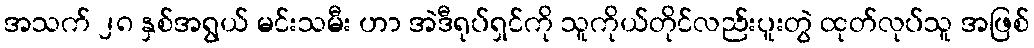
အသက် ၂၈ နှစ်အရွယ် မင်းသမီး ဟာ အဲဒီရုပ်ရှင်ကို သူကိုယ်တိုင်လည်းပူးတွဲ ထုတ်လုပ်သူ အဖြစ်